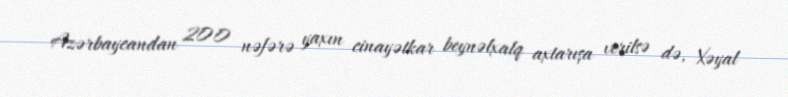
Azərbaycandan 200 nəfərə yaxın cinayətkar beynəlxalq axtarışa verilsə də, Xəyal